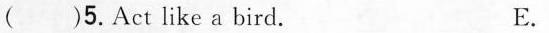
( )5.Act like a bird. E.